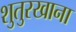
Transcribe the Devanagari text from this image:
शुतुरखाना